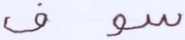
سوف